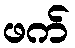
ဖက်